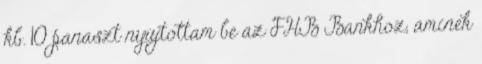
kb. 10 panaszt nyújtottam be az FHB Bankhoz, aminek